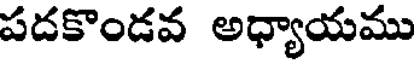
పదకొండవ అధ్యాయము